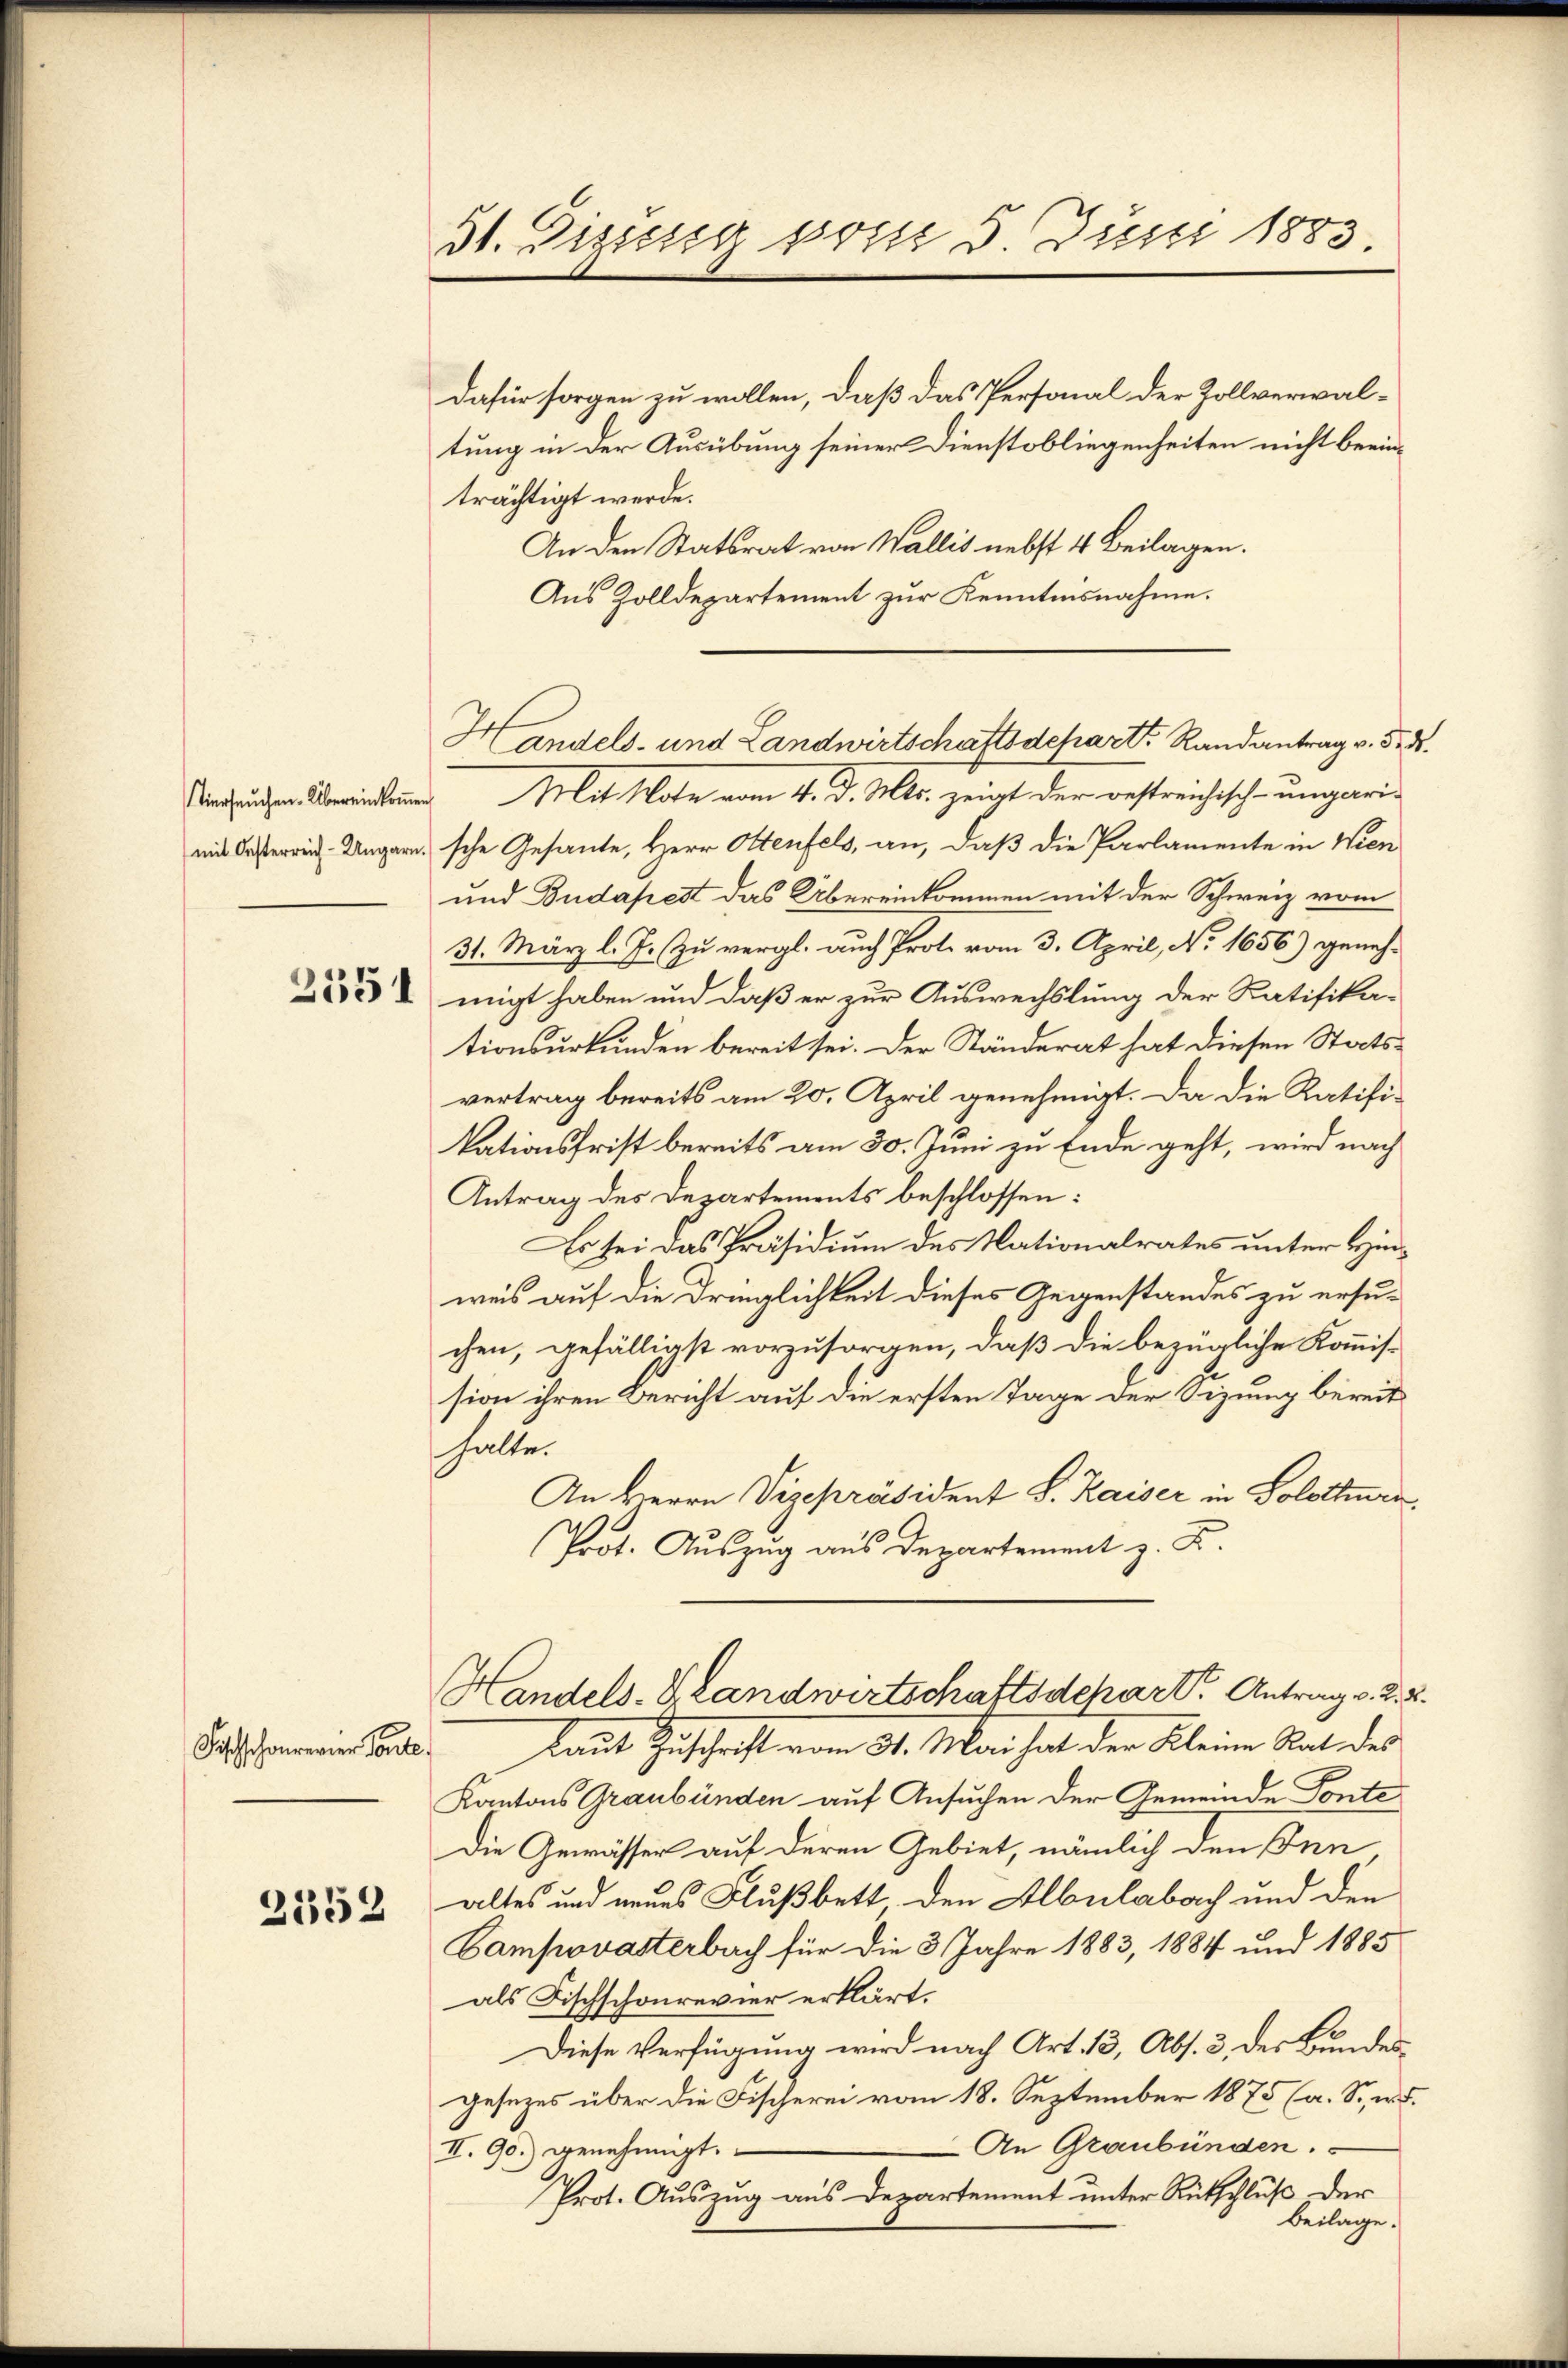
2551

Fischschaurerer Tante

2352

31. Dissen vom 5 Juni 1883

Dafür sorgen zu wollen, daß das Personal der Zollverwaltung in der Ausübung seiner Dienstobliegenheiten nicht beeinträchtigt werde.
An den Statsrat von Wallis nebst 4 Beilagen.
Aus Zolldepartement zur Kenntnisnahme.
 u Mit Note vom 4. d. Mts. zeigt der bestreichisch-ungari-
mit Besterrin Ungarische Gesante, Herr Stenfels, an, daß die Parlamente in Wien
und Budapest das Übereinkommen mit der Schweiz vom
31. März l. J. zu vergl. auch Prote vom 3. April, No. 1656) genehmigt haben und daß er zur Auswechslung der Ratifika-
tionsurkunden bereit sei. Der Ständerat hat diesen Statsvertrag bereits am 20. April genehmigt. Da die Ratifikationsfrist bereits am 30. Juni zu Ende geht, wird nach
Antrag des Departements beschlossen:
Es sei das Präsidium des Nationalrates unter Hinweis auf die Dringlichkeit dieses Gegenstandes zu ersuchen, gefälligst vorzusorgen, daß die bezügliche Kommis-
sion ihren Bericht auf die ersten Tage der Sizung bereit
halte.
An Herrn Vizepräsident S. Kaiser in Solothurn
Prot. Auszug aus Departement z. B.
Handels-Klandwirtschaftsdepart. Antrag v. 2
kaut Zuschrift vom 31. Mai hat der Kleine Stat des
Kantons Graubünden auf Ansuchen der Gemeinde Ponte
Die Gewässer auf deren Gebiet, nämlich den Fen
altes und neues Flußbett den Albulabach und den
Vampovasterbach für die 3 Jahre 1883, 1884 und 1885
als Fischschonrevier erklärt.
Diese Verfügung wird nach Art. 13, Abs. 3 des Bundesgesezes über die Fischerei vom 18. September 1875 (a. So w
An Graubünden.
II. 90. genehmigt.
Prot. Auszug aus Departement unter Rütschluß der
Beilage.

Handels- und Landwirtschaftsdepart Randantrag v. 5.